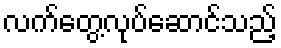
လက်တွေ့လုပ်ဆောင်သည့်